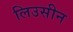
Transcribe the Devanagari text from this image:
लिउसीन